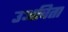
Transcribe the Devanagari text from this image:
उअचिता